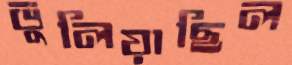
ভুলিয়াছিল